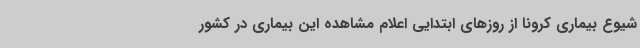
شیوع بیماری کرونا از روزهای ابتدایی اعلام مشاهده این بیماری در کشور